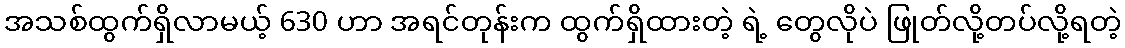
အသစ်ထွက်ရှိလာမယ့် 630 ဟာ အရင်တုန်းက ထွက်ရှိထားတဲ့ ရဲ့ တွေလိုပဲ ဖြုတ်လို့တပ်လို့ရတဲ့